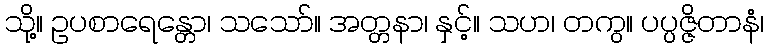
သို့။ ဥပစာရေန္တော၊ သသော်။ အတ္တနာ၊ နှင့်။ သဟ၊ တကွ။ ပပ္ပဇ္ဇိတာနံ၊